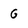
Character: G